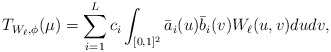
\begin{align*}T_{W_\ell,\phi}(\mu)=\sum_{i=1}^L c_i \int_{[0,1]^2}\bar a_i(u)\bar b_i(v)W_\ell(u,v) dudv,\end{align*}